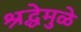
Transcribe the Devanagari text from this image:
श्रद्धेमुळे